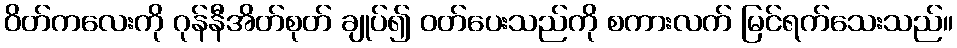
ဝိတ်ကလေးကို ဂုန်နီအိတ်စုတ် ချုပ်၍ ဝတ်ပေးသည်ကို စကားလက် မြင်ရက်သေးသည်။